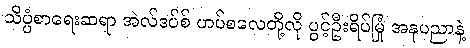
သိပ္ပံစာရေးဆရာ အဲလ်ဒပ်စ် ဟပ်စလေတို့လို ပွင့်ဦးရိပ်မြုံ အနုပညာနဲ့